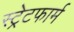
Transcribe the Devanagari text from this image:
स्ट्रेटफार्म